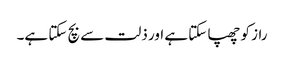
راز کو چھپا سکتا ہے اور ذلت سے بچ سکتا ہے۔